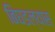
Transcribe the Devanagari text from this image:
बिघडल्यास